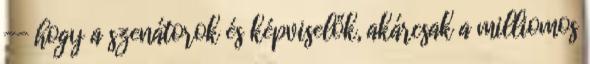
-- hogy a szenátorok és képviselők, akárcsak a milliomos